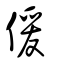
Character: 𠋠